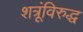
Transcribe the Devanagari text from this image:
शत्रूंविरुद्ध